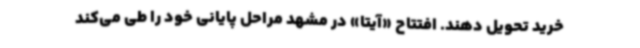
خرید تحویل دهند. افتتاح «آیتا» در مشهد مراحل پایانی خود را طی می‌کند